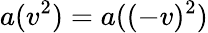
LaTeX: a(v^{2})=a((-v)^{2})